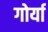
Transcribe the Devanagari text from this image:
गोर्या